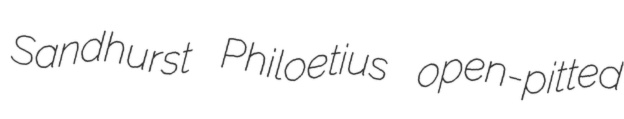
Sandhurst Philoetius open-pitted